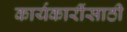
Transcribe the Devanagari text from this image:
कार्यकारींसाठी